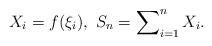
\begin{align*}{X_{i}=f(\xi_{i}),\ S_{n}=\sum\nolimits_{i=1}^{n}X_{i}.} \end{align*}